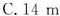
A.6m B.9m C.14m D.18m